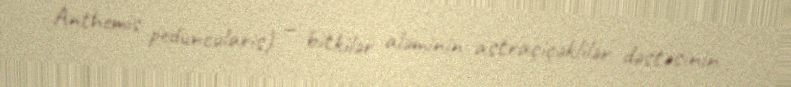
Anthemis peduncularis) — bitkilər aləminin astraçiçəklilər dəstəsinin